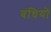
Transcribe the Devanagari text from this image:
बंधियों